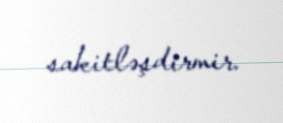
sakitləşdirmir.